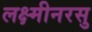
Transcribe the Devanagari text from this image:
लक्ष्मीनरसु